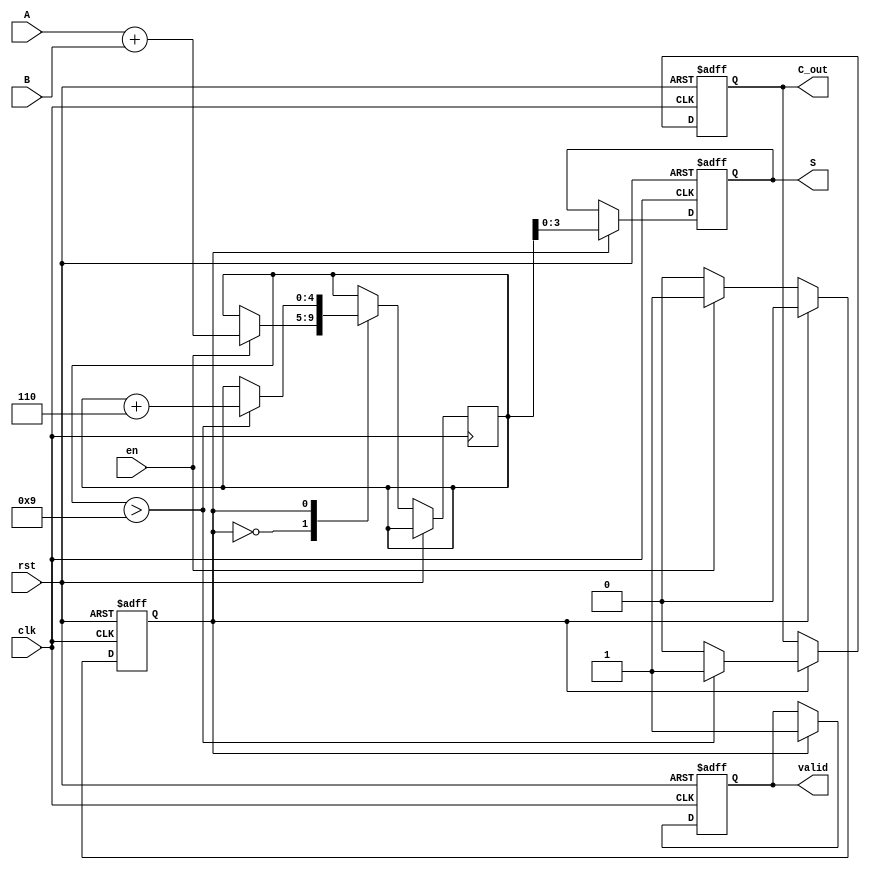
module BCD_Sequential_Adder (
    input wire [3:0] A,        // 4-bit BCD input A
    input wire [3:0] B,        // 4-bit BCD input B
    input wire clk,            // Clock signal
    input wire rst,            // Reset signal
    input wire en,             // Enable signal
    output reg [3:0] S,        // 4-bit BCD result
    output reg C_out,          // Carry-out signal
    output reg valid           // Valid output indicator
);

    reg [4:0] sum;             // 5-bit sum to accommodate carry
    reg state;                 // State variable for FSM

    // State encoding
    localparam IDLE = 1'b0;
    localparam ADD = 1'b1;

    // Sequential logic for state machine
    always @(posedge clk or posedge rst) begin
        if (rst) begin
            S <= 4'b0000;       // Reset output
            C_out <= 1'b0;     // Reset carry-out
            valid <= 1'b0;     // Reset valid indicator
            state <= IDLE;     // Reset state
        end else begin
            case (state)
                IDLE: begin
                    if (en) begin
                        sum <= A + B; // Compute the sum
                        state <= ADD; // Transition to ADD state
                    end
                end
                ADD: begin
                    // Check if sum exceeds 9
                    if (sum > 9) begin
                        sum <= sum + 5'b00110; // Adjust by adding 6
                        C_out <= 1'b1;          // Set carry-out
                    end else begin
                        C_out <= 1'b0;          // No carry-out
                    end
                    S <= sum[3:0];             // Store the lower 4 bits as result
                    valid <= 1'b1;             // Indicate result is valid
                    state <= IDLE;             // Return to IDLE state
                end
            endcase
        end
    end

endmodule